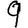
Digit: 9